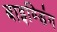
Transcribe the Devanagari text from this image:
बाइण्डिंग